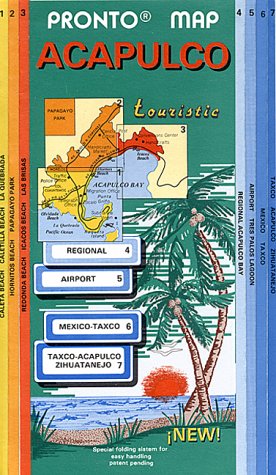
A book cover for Acapulco City Plan; Treaty Oak; Travel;